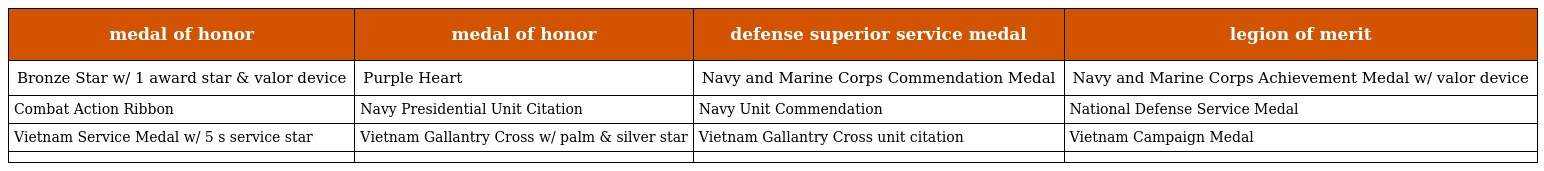
| medal of honor | medal of honor | defense superior service medal | legion of merit |
 | --- | --- | --- | --- |
 | Bronze Star w/ 1 award star & valor device | Purple Heart | Navy and Marine Corps Commendation Medal | Navy and Marine Corps Achievement Medal w/ valor device |
 | Combat Action Ribbon | Navy Presidential Unit Citation | Navy Unit Commendation | National Defense Service Medal |
 | Vietnam Service Medal w/ 5 s service star | Vietnam Gallantry Cross w/ palm & silver star | Vietnam Gallantry Cross unit citation | Vietnam Campaign Medal |
 |  |  |  |  |